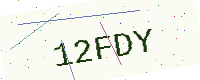
Text: 12FDY